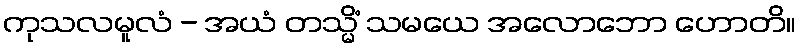
ကုသလမူလံ - အယံ တသ္မိံ သမယေ အလောဘော ဟောတိ။